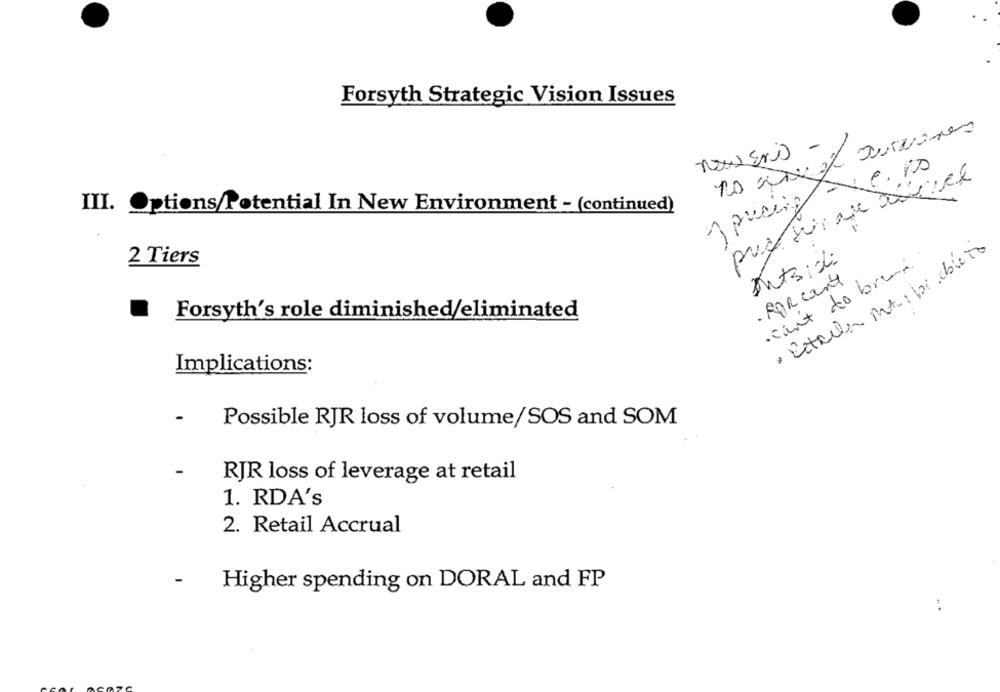
Forsyth Strategic Vision Issues
y pusing
III. Options/Potential In New Environment - (continued)
· Exterler MA, pi ableTo
2 Tiers
. can't do bran
· FOR cant
Forsyth's role diminished/eliminated
Implications:
Possible RJR loss of volume/SOS and SOM
-
RJR loss of leverage at retail
1. RDA's
2. Retail Accrual
-
Higher spending on DORAL and FP
..